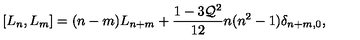
[ L _ { n } , L _ { m } ] = ( n - m ) L _ { n + m } + \frac { 1 - 3 { \cal Q } ^ { 2 } } { 1 2 } n ( n ^ { 2 } - 1 ) \delta _ { n + m , 0 } ,